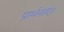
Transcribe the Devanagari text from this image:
प्रार्थनाएं।